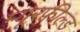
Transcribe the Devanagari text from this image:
म्यूरफील्ड